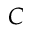
C